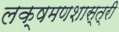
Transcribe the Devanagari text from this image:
लक्षमणशास्त्री